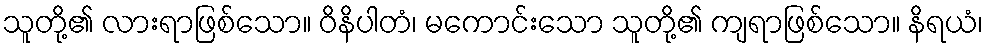
သူတို့၏ လားရာဖြစ်သော။ ဝိနိပါတံ၊ မကောင်းသော သူတို့၏ ကျရာဖြစ်သော။ နိရယံ၊